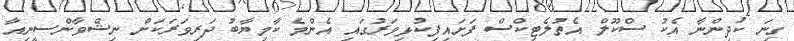
ގިނަ ކުދިންނާ އެކު ސްކޫލް އެތުލެޓިކްސް ފަށައިފިކުޅިވަރުގައި އެންމެ ކާމިޔާބު ދަރިވަރަކަށް ނިޝްވާންސީނިއާ